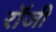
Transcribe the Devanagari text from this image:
राॅजी